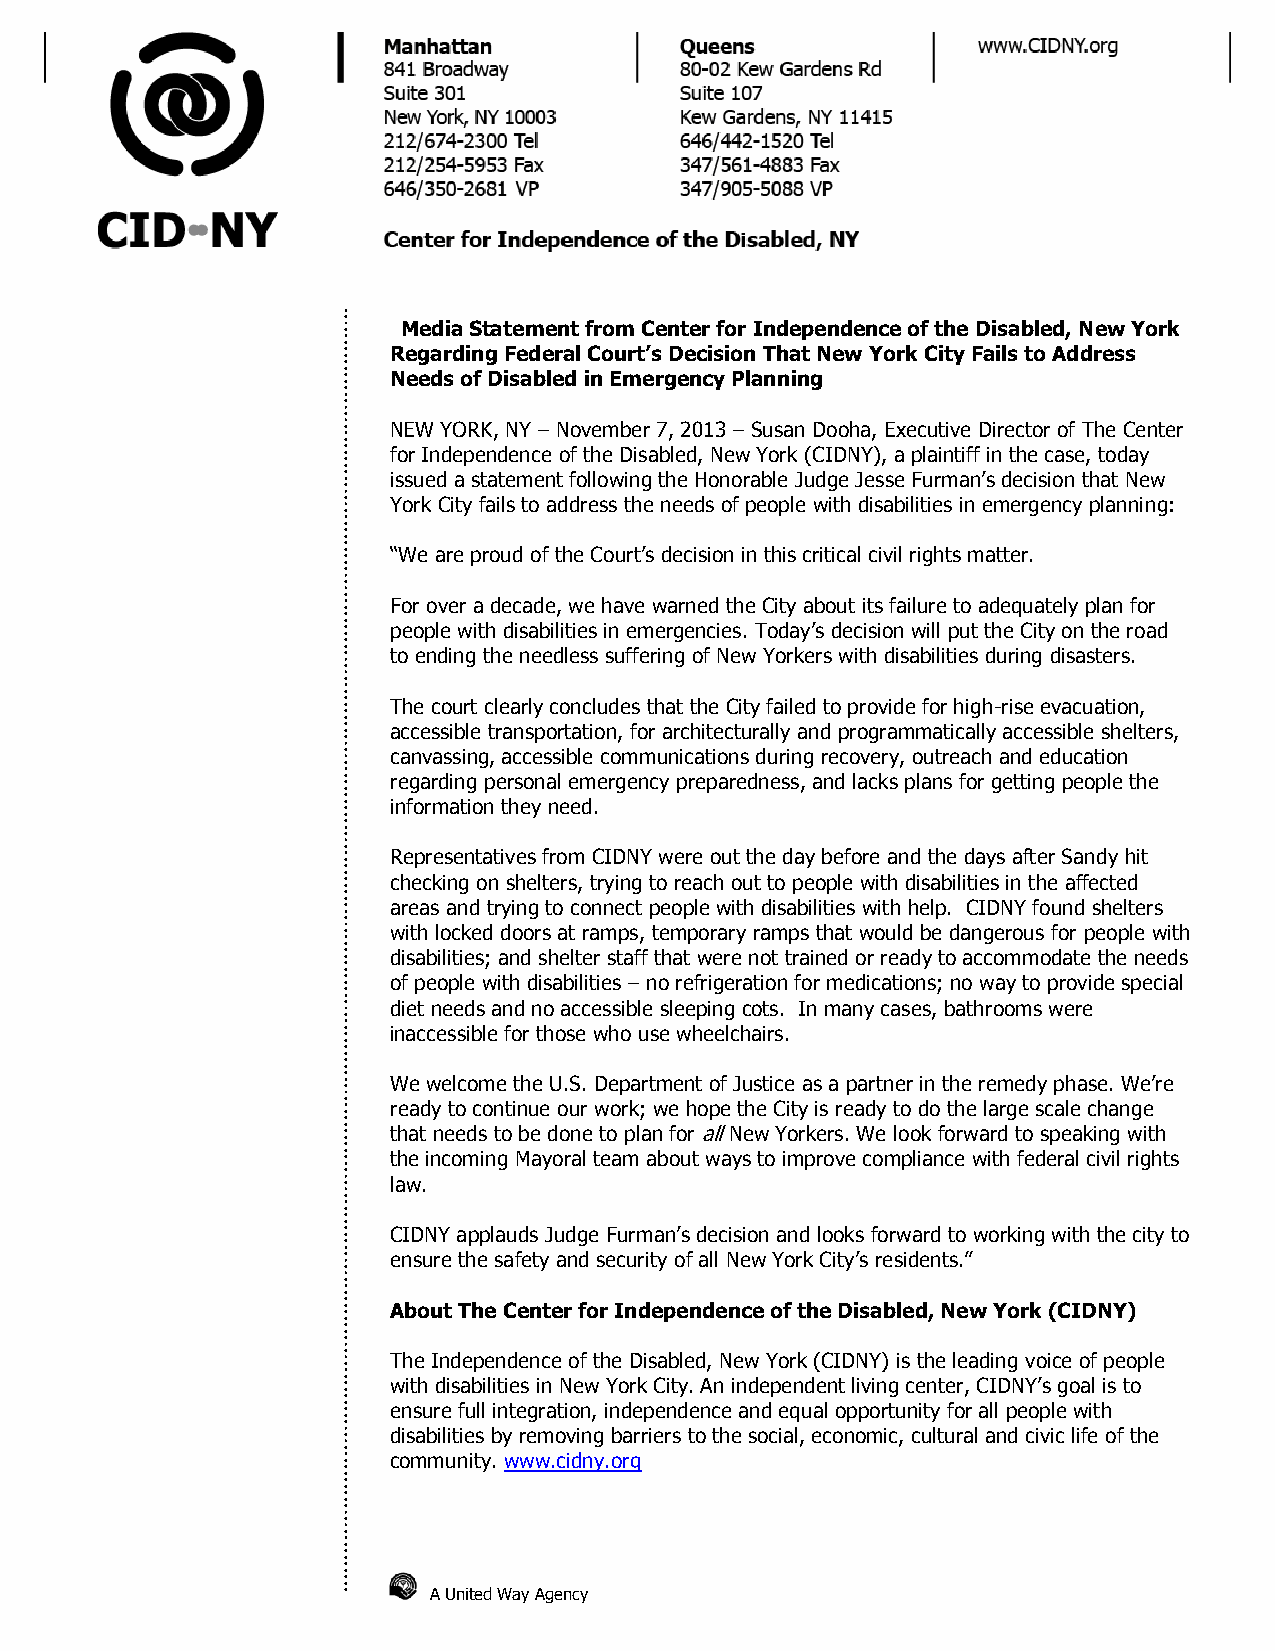
Media Statement from Center for Independence of the Disabled, New York
 Regarding Federal Court’s Decision That New York City Fails to Address
 Needs of Disabled in Emergency Planning
 NEW YORK, NY – November 7, 2013 – Susan Dooha, Executive Director of The Center
 for Independence of the Disabled, New York (CIDNY), a plaintiff in the case, today
 issued a statement following the Honorable Judge Jesse Furman’s decision that New
 York City fails to address the needs of people with disabilities in emergency planning:
 “We are proud of the Court’s decision in this critical civil rights matter.
 For over a decade, we have warned the City about its failure to adequately plan for
 people with disabilities in emergencies. Today’s decision will put the City on the road
 to ending the needless suffering of New Yorkers with disabilities during disasters.
 The court clearly concludes that the City failed to provide for high-rise evacuation,
 accessible transportation, for architecturally and programmatically accessible shelters,
 canvassing, accessible communications during recovery, outreach and education
 regarding personal emergency preparedness, and lacks plans for getting people the
 information they need.
 Representatives from CIDNY were out the day before and the days after Sandy hit
 checking on shelters, trying to reach out to people with disabilities in the affected
 areas and trying to connect people with disabilities with help. CIDNY found shelters
 with locked doors at ramps, temporary ramps that would be dangerous for people with
 disabilities; and shelter staff that were not trained or ready to accommodate the needs
 of people with disabilities – no refrigeration for medications; no way to provide special
 diet needs and no accessible sleeping cots. In many cases, bathrooms were
 inaccessible for those who use wheelchairs.
 We welcome the U.S. Department of Justice as a partner in the remedy phase. We’re
 ready to continue our work; we hope the City is ready to do the large scale change
 that needs to be done to plan for all New Yorkers. We look forward to speaking with
 the incoming Mayoral team about ways to improve compliance with federal civil rights
 law.
 CIDNY applauds Judge Furman’s decision and looks forward to working with the city to
 ensure the safety and security of all New York City’s residents.”
 About The Center for Independence of the Disabled, New York (CIDNY)
 The Independence of the Disabled, New York (CIDNY) is the leading voice of people
 with disabilities in New York City. An independent living center, CIDNY’s goal is to
 ensure full integration, independence and equal opportunity for all people with
 disabilities by removing barriers to the social, economic, cultural and civic life of the
 community. www.cidny.org
 A United Way Agency